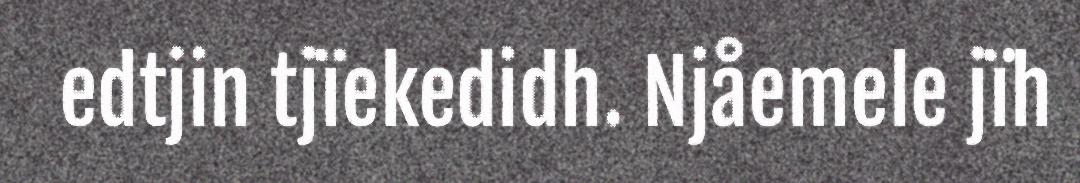
edtjin tjïekedidh. Njåemele jïh